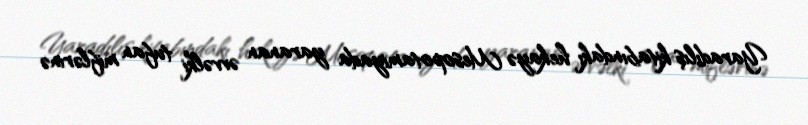
Yaradılış kitabındakı hekayə Mesopotamiyada yaranan əvvəlki tufan miflərinə